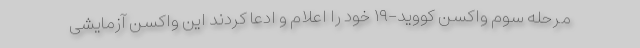
مرحله سوم واکسن کووید-۱۹ خود را اعلام و ادعا کردند این واکسن آزمایشی